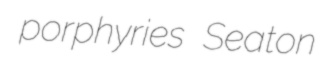
porphyries Seaton